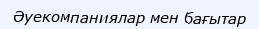
Әуекомпаниялар мен бағытар